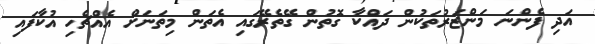
އަދި ފެންނަ މަންޒަރުތަކުން ދައްކާ ގޮތުން ގޭތެރޭގައި އެތަން މިތަނަށް އެއްޗެހި އުކާފައި